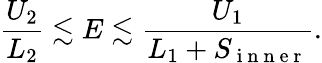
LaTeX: \frac{U_{2}}{L_{2}}\lesssim E\lesssim\frac{U_{1}}{L_{1}+S_{\mathrm{~i~n~n~e~r~}}}.